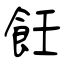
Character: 飪